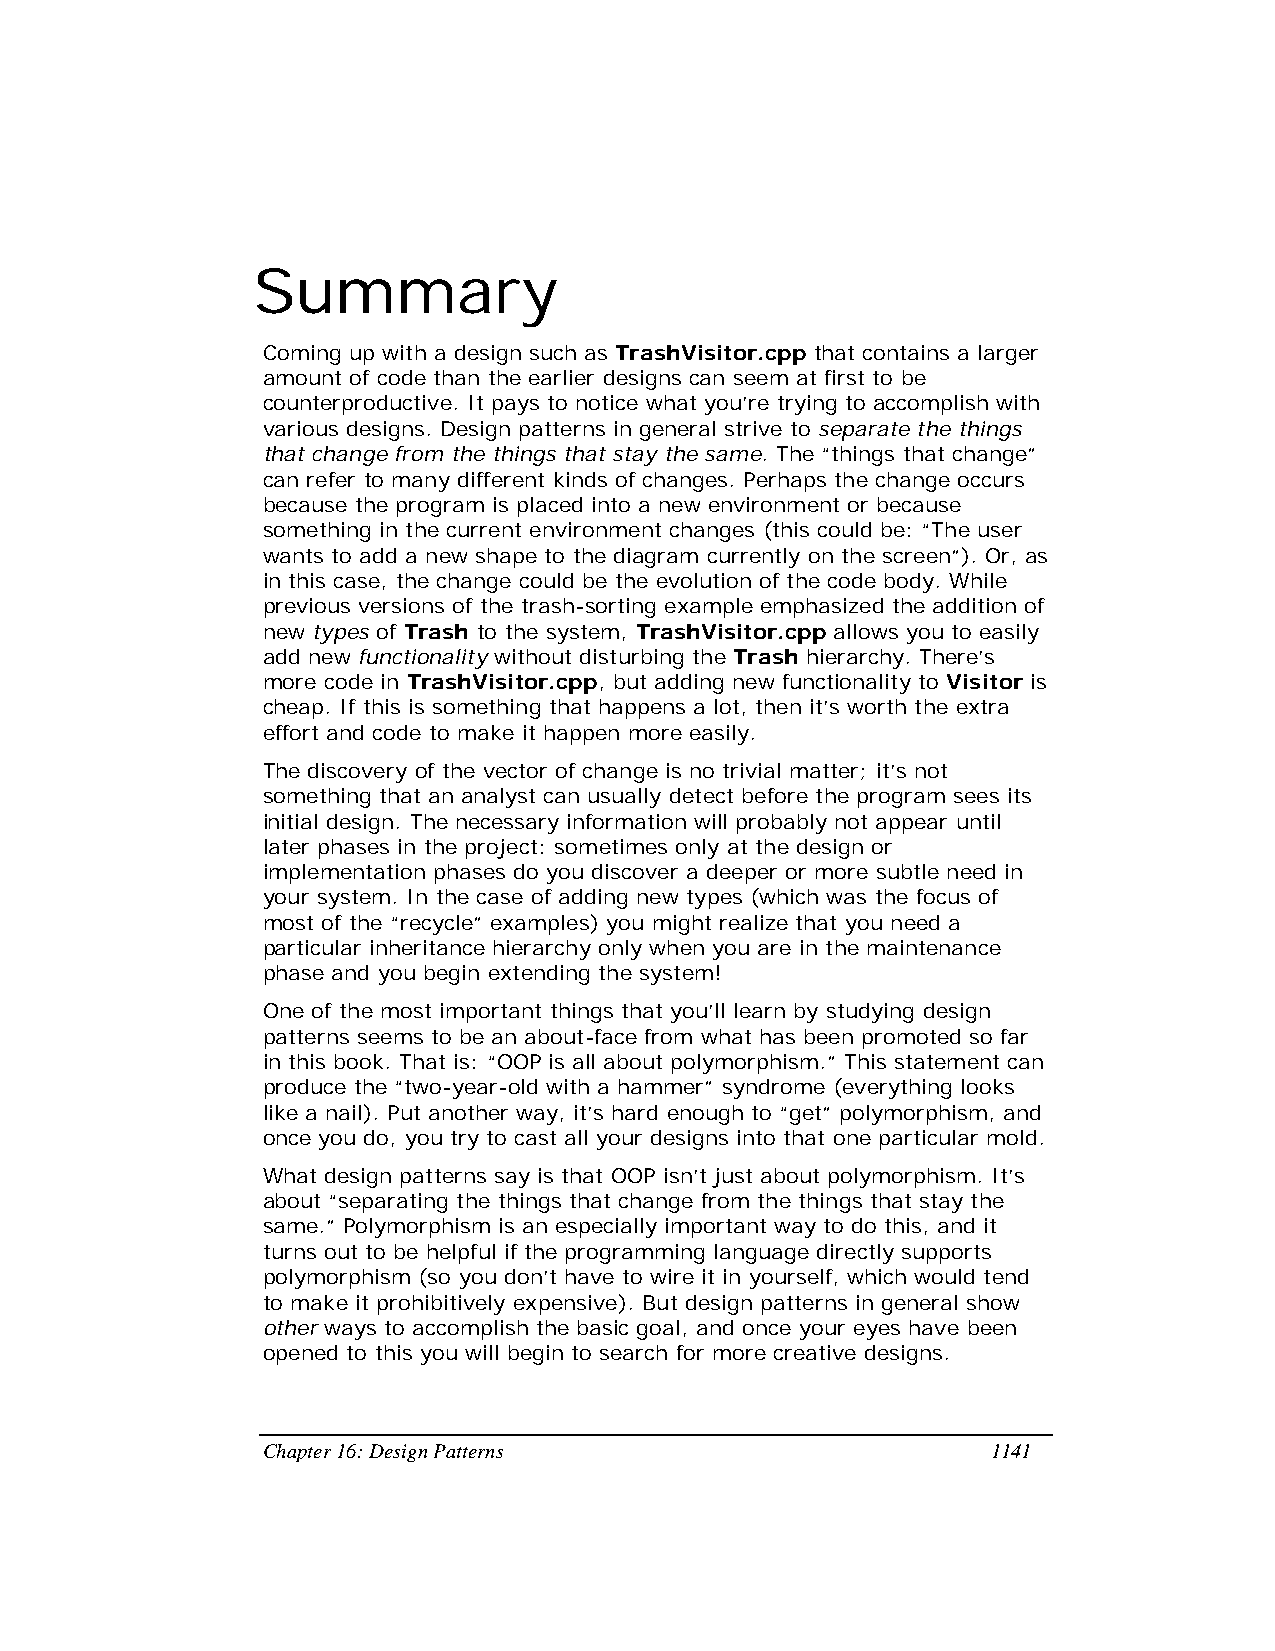
Summary
 Coming up with a design such as TrashVisitor.cpp that contains a larger
 amount of code than the earlier designs can seem at first to be
 counterproductive. It pays to notice what you’re trying to accomplish with
 various designs. Design patterns in general strive to separate the things
 that change from the things that stay the same. The “things that change”
 can refer to many different kinds of changes. Perhaps the change occurs
 because the program is placed into a new environment or because
 something in the current environment changes (this could be: “The user
 wants to add a new shape to the diagram currently on the screen”). Or, as
 in this case, the change could be the evolution of the code body. While
 previous versions of the trash-sorting example emphasized the addition of
 new types of Trash to the system, TrashVisitor.cpp allows you to easily
 add new functionality without disturbing the Trash hierarchy. There’s
 more code in TrashVisitor.cpp, but adding new functionality to Visitor is
 cheap. If this is something that happens a lot, then it’s worth the extra
 effort and code to make it happen more easily.
 The discovery of the vector of change is no trivial matter; it’s not
 something that an analyst can usually detect before the program sees its
 initial design. The necessary information will probably not appear until
 later phases in the project: sometimes only at the design or
 implementation phases do you discover a deeper or more subtle need in
 your system. In the case of adding new types (which was the focus of
 most of the “recycle” examples) you might realize that you need a
 particular inheritance hierarchy only when you are in the maintenance
 phase and you begin extending the system!
 One of the most important things that you’ll learn by studying design
 patterns seems to be an about-face from what has been promoted so far
 in this book. That is: “OOP is all about polymorphism.” This statement can
 produce the “two-year-old with a hammer” syndrome (everything looks
 like a nail). Put another way, it’s hard enough to “get” polymorphism, and
 once you do, you try to cast all your designs into that one particular mold.
 What design patterns say is that OOP isn’t just about polymorphism. It’s
 about “separating the things that change from the things that stay the
 same.” Polymorphism is an especially important way to do this, and it
 turns out to be helpful if the programming language directly supports
 polymorphism (so you don’t have to wire it in yourself, which would tend
 to make it prohibitively expensive). But design patterns in general show
 other ways to accomplish the basic goal, and once your eyes have been
 opened to this you will begin to search for more creative designs.
 Chapter 16: Design Patterns                      1141